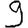
Digit: 9